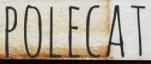
POLECAT